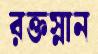
রক্তস্নান